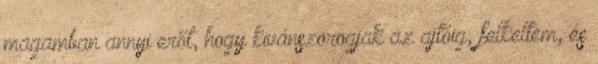
magamban annyi erőt, hogy kivánszorogjak az ajtóig, felkeltem, és